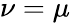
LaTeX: \nu=\mu